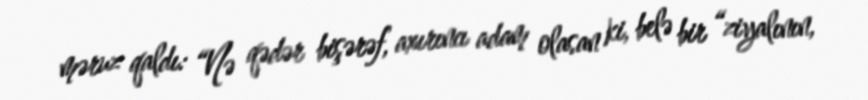
məruz qaldı: “Nə qədər bişərəf, axırıncı adam olasan ki, belə bir “ziyalının,